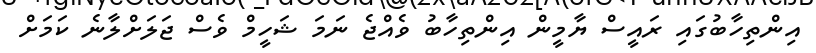
އިންތިހާބުގައި ރައީސް ޔާމީން އިންތިހާބު ވެއްޖެ ނަމަ ޝަހީމް ވެސް ޖަލަށްލާނެ ކަމަށް